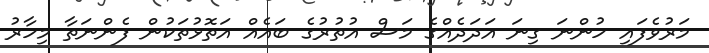
މަރުވެފައި ހުންނަ ގިނަ އަދަދެއްގެ މަސް އުތުރުގެ ބައެއް އަތޮޅުތަކުން ފެންނަތާ މިހާރު